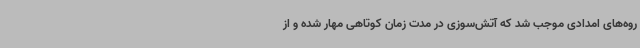
روه‌های امدادی موجب شد که آتش‌سوزی در مدت زمان کوتاهی مهار شده و از